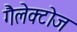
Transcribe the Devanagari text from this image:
गैलेक्टोज